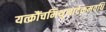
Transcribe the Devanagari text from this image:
यत्क्रौंचमिथुनादेकमवधि